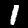
Label: 1